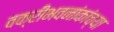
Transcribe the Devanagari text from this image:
वक्रीभवनांकांच्या